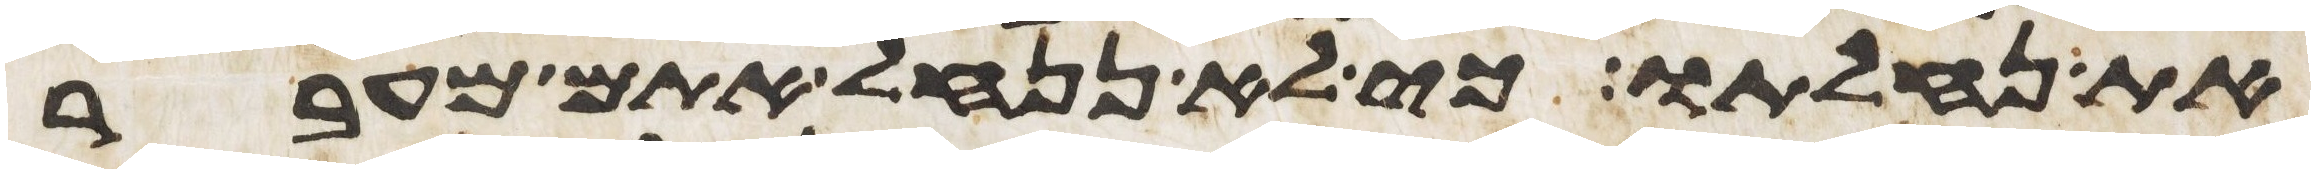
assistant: את נחלתו כי לא ננחל אתם מעבר